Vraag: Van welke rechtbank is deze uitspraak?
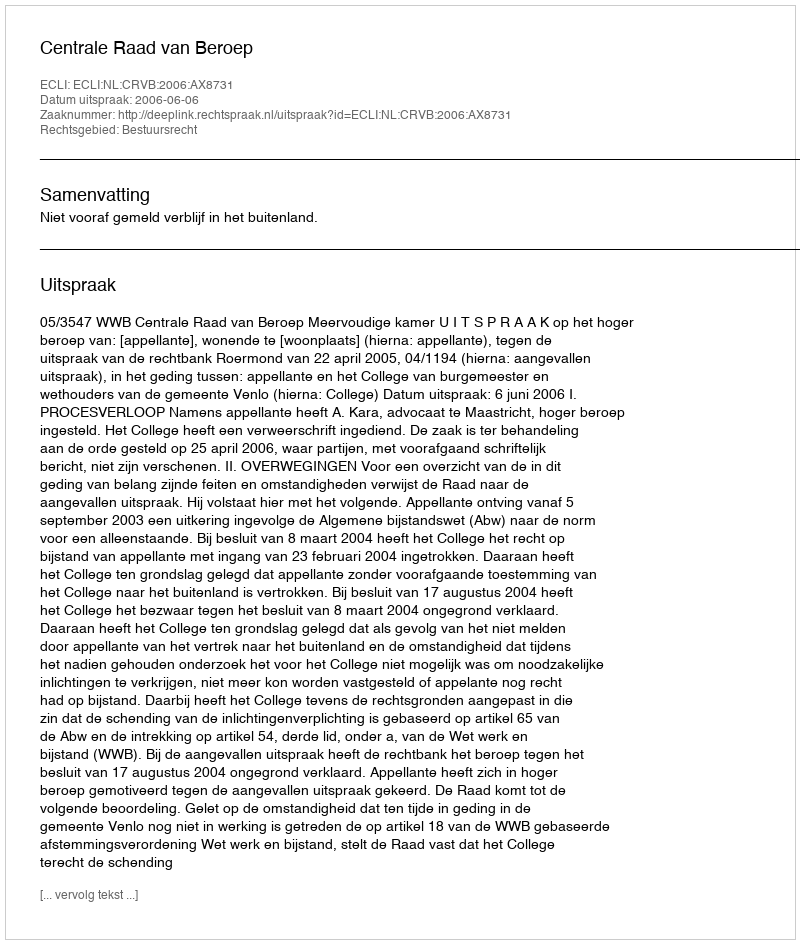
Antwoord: Centrale Raad van Beroep